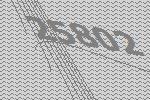
25802